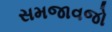
સમજાવજો